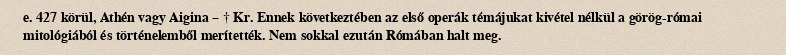
e. 427 körül, Athén vagy Aigina – † Kr. Ennek következtében az első operák témájukat kivétel nélkül a görög-római mitológiából és történelemből merítették. Nem sokkal ezután Rómában halt meg.